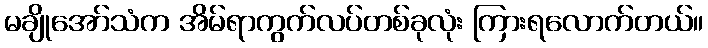
မချိုအော်သံက အိမ်ရာကွက်လပ်တစ်ခုလုံး ကြားရလောက်တယ်။